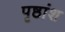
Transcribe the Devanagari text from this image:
पृष्ठांश